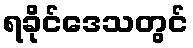
ရခိုင်ဒေသတွင်